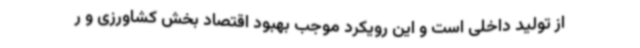
از تولید داخلی است و این رویکرد موجب بهبود اقتصاد بخش کشاورزی و ر